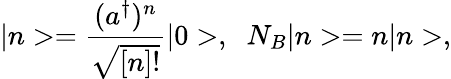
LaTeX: |n>=\frac{(a^{\dagger})^{n}}{\sqrt{[n]!}}|0>,\; \; N_{B}|n>=n|n>,